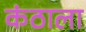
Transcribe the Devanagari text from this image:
कंठाला